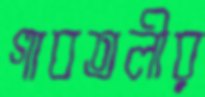
গাবতলীর